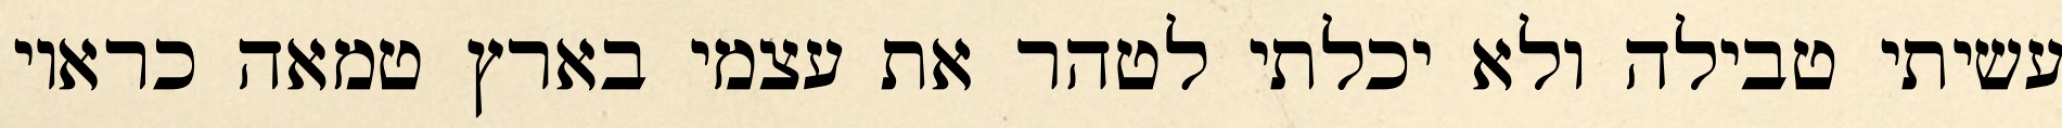
עשיתי טבילה ולא יכלתי לטהר את עצמי בארץ טמאה כראוי